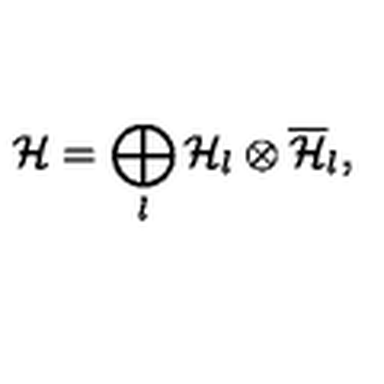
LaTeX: { \cal H } = \bigoplus _ { l } { \cal H } _ { l } \otimes \overline { { \cal H } } _ { l } ,